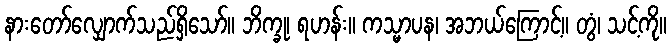
နားတော်လျှောက်သည်ရှိသော်။ ဘိက္ခု၊ ရဟန်း။ ကသ္မာပန၊ အဘယ်ကြောင့်။ တွံ၊ သင့်ကို။